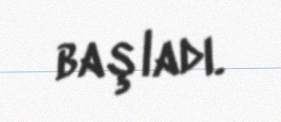
başladı.